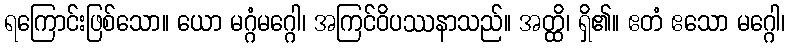
ရကြောင်းဖြစ်သော။ ယော မဂ္ဂံမဂ္ဂေါ၊ အကြင်ဝိပဿနာသည်။ အတ္ထိ၊ ရှိ၏။ ဧတံ ဧသော မဂ္ဂေါ၊